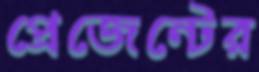
প্রেজেন্টের